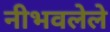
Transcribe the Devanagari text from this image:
नीभवलेले